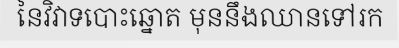
នៃវិវាទបោះឆ្នោត មុននឹងឈានទៅរក